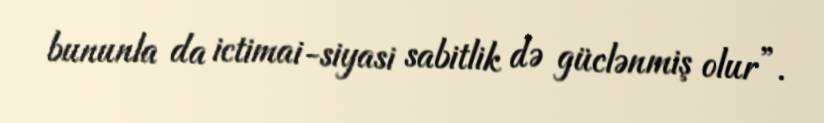
bununla da ictimai-siyasi sabitlik də güclənmiş olur”.